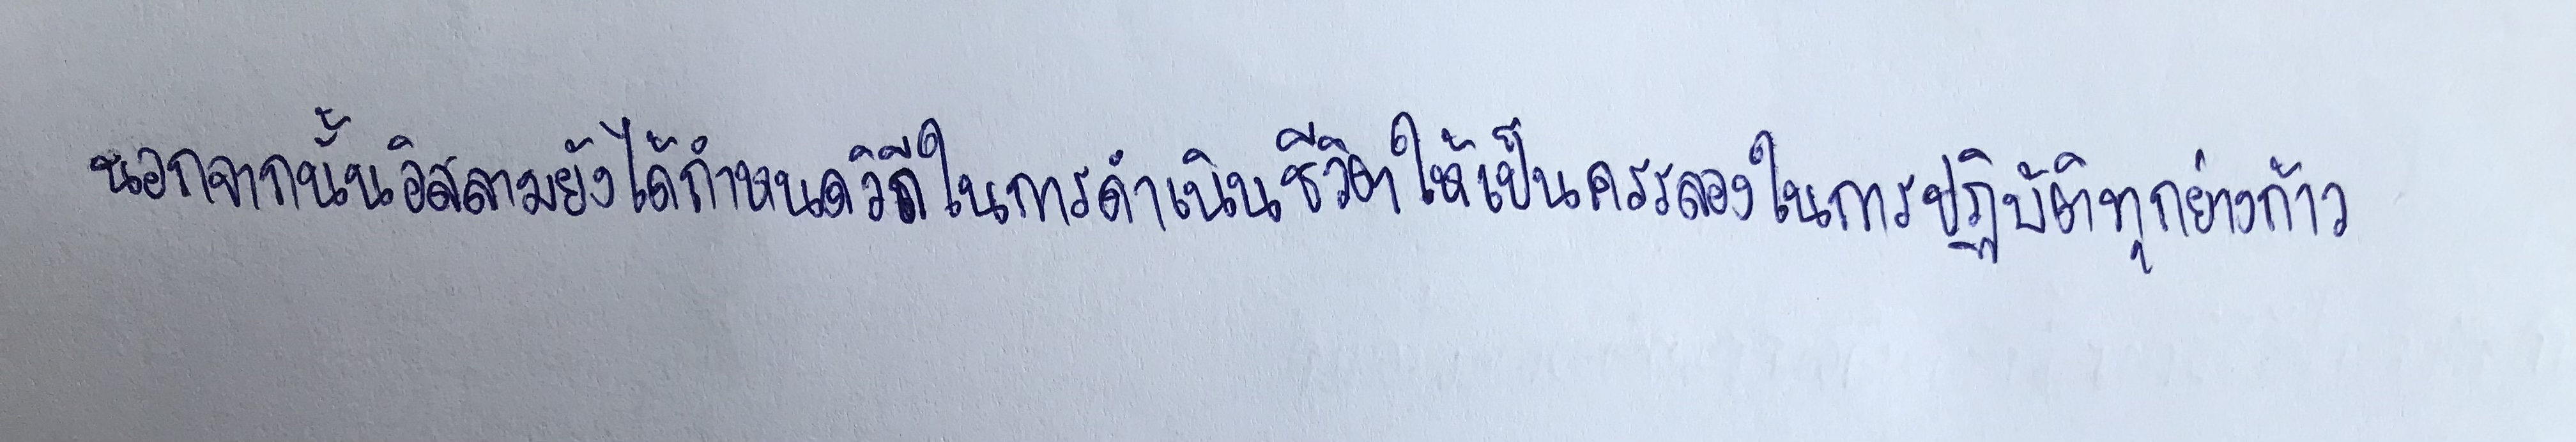
นอกจากนั้นอิสลามยังได้กำหนดวิถีในการดำเนินชีวิตให้เป็นครรลองในการปฏิบัติทุกย่างก้าว